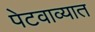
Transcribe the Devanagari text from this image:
पेटवाव्यात